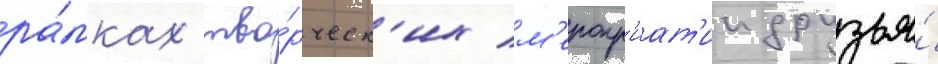
ра́мках тво́рческ'их м'еропр'иат'ии друзья́